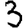
Digit: 3